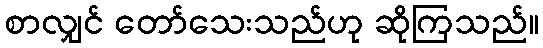
စာလျှင် တော်သေးသည်ဟု ဆိုကြသည်။